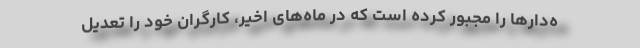
ه‌دار‌ها را مجبور کرده است که در ماه‌های اخیر، کارگران خود را تعدیل